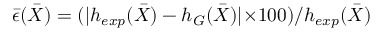
\bar { \epsilon } ( \bar { X } ) = ( | h _ { e x p } ( \bar { X } ) - h _ { G } ( \bar { X } ) | { \times } 1 0 0 ) / h _ { e x p } ( \bar { X } )